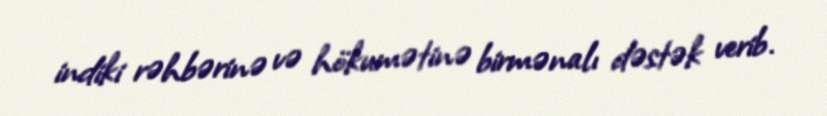
indiki rəhbərinə və hökumətinə birmənalı dəstək verib.